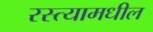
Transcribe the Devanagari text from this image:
रस्त्यामधील